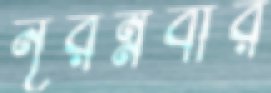
নূরন্নবীর